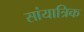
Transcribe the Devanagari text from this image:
सांयात्रिक